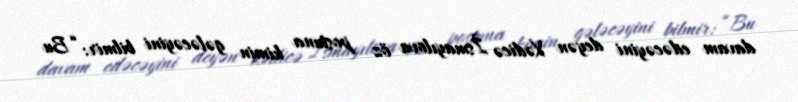
davam edəcəyini deyən Xədicə İsmayılova öz postuna kimin gələcəyini bilmir: “Bu